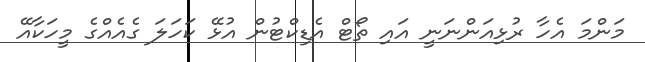
މަންމަ އެހާ ރުޅިއަންނަނީ އައި ތޯޓް އެޑިކްޓުން އުޅޭ ކަހަލަ ގެއެއްގެ މީހަކާއޭ